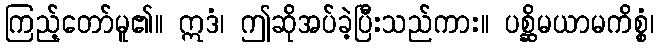
ကြည့်တော်မူ၏။ ဣဒံ၊ ဤဆိုအပ်ခဲ့ပြီးသည်ကား။ ပစ္ဆိမယာမကိစ္စံ၊